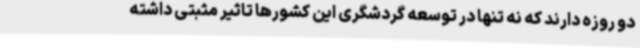
دو روزه دارند که نه تنها در توسعه گردشگری این کشورها تاثیر مثبتی داشته